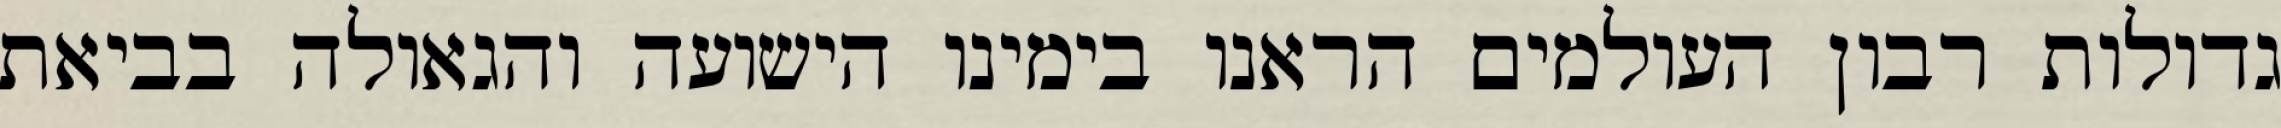
גדולות רבון העולמים הראנו בימינו הישועה והגאולה בביאת